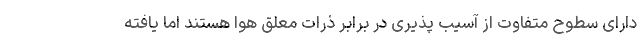
دارای سطوح متفاوت از آسیب پذیری در برابر ذرات معلق هوا هستند اما یافته